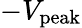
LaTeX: -V_{\mathrm{peak}}